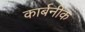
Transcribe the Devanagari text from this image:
कार्बनीक